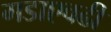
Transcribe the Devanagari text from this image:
गडाएवढी